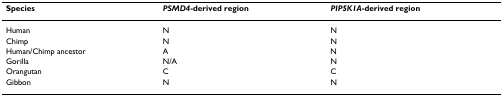
<table><thead><tr><td><b>Species</b></td><td><b><i>PSMD4</i>-derived region</b></td><td><b><i>PIP5K1A</i>-derived region</b></td></tr></thead><tbody><tr><td>Human</td><td>N</td><td>N</td></tr><tr><td>Chimp</td><td>N</td><td>N</td></tr><tr><td>Human/Chimp ancestor</td><td>A</td><td>N</td></tr><tr><td>Gorilla</td><td>N/A</td><td>N</td></tr><tr><td>Orangutan</td><td>C</td><td>C</td></tr><tr><td>Gibbon</td><td>N</td><td>N</td></tr></tbody></table>